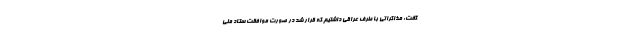
گفت: مذاکراتی با طرف عراقی داشتیم که قرار شد در صورت موافقت ستاد ملی